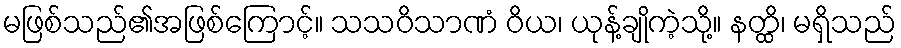
မဖြစ်သည်၏အဖြစ်ကြောင့်။ သသဝိသာဏံ ဝိယ၊ ယုန့်ချိုကဲ့သို့။ နတ္ထိ၊ မရှိသည်